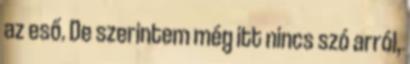
az eső. De szerintem még itt nincs szó arról,